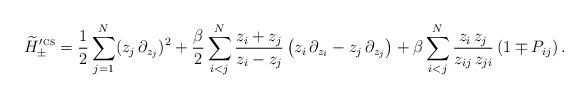
LaTeX: \begin{align*} \widetilde{H}_\pm^{\prime\mspace{2mu}\textsc{cs}} = \frac{1}{2} \sum_{j=1}^N (z_j \, \partial_{z_j})^2 + \frac{\beta}{2} \sum_{i<j}^N \frac{z_i + z_j}{z_i - z_j} \, \bigl(z_i \, \partial_{z_i} - z_j \, \partial_{z_j}\bigr) + \beta \sum_{i<j}^N \frac{z_i \, z_j}{z_{ij} \, z_{ji}} \, (1 \mp P_{ij}) \, .\end{align*}